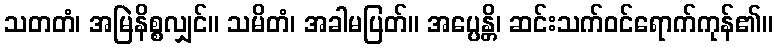
သတတံ၊ အမြဲနိစ္စလျှင်။ သမိတံ၊ အခါမပြတ်။ အပ္ပေန္တိ၊ ဆင်းသက်ဝင်ရောက်ကုန်၏။